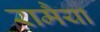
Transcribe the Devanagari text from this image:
रामैया